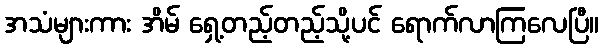
အသံများကား အိမ် ရှေ့တည့်တည့်သို့ပင် ရောက်လာကြလေပြီ။